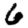
Digit: 6